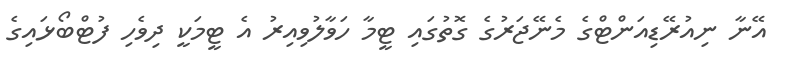
އޭނާ ނިއުރޭޑިއަންޓްގެ މެނޭޖަރުގެ ގޮތުގައި ޓީމާ ހަވާލުވިއިރު އެ ޓީމަކީ ދިވެހި ފުޓްބޯޅައިގެ